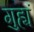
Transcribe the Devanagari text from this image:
गुह्यं